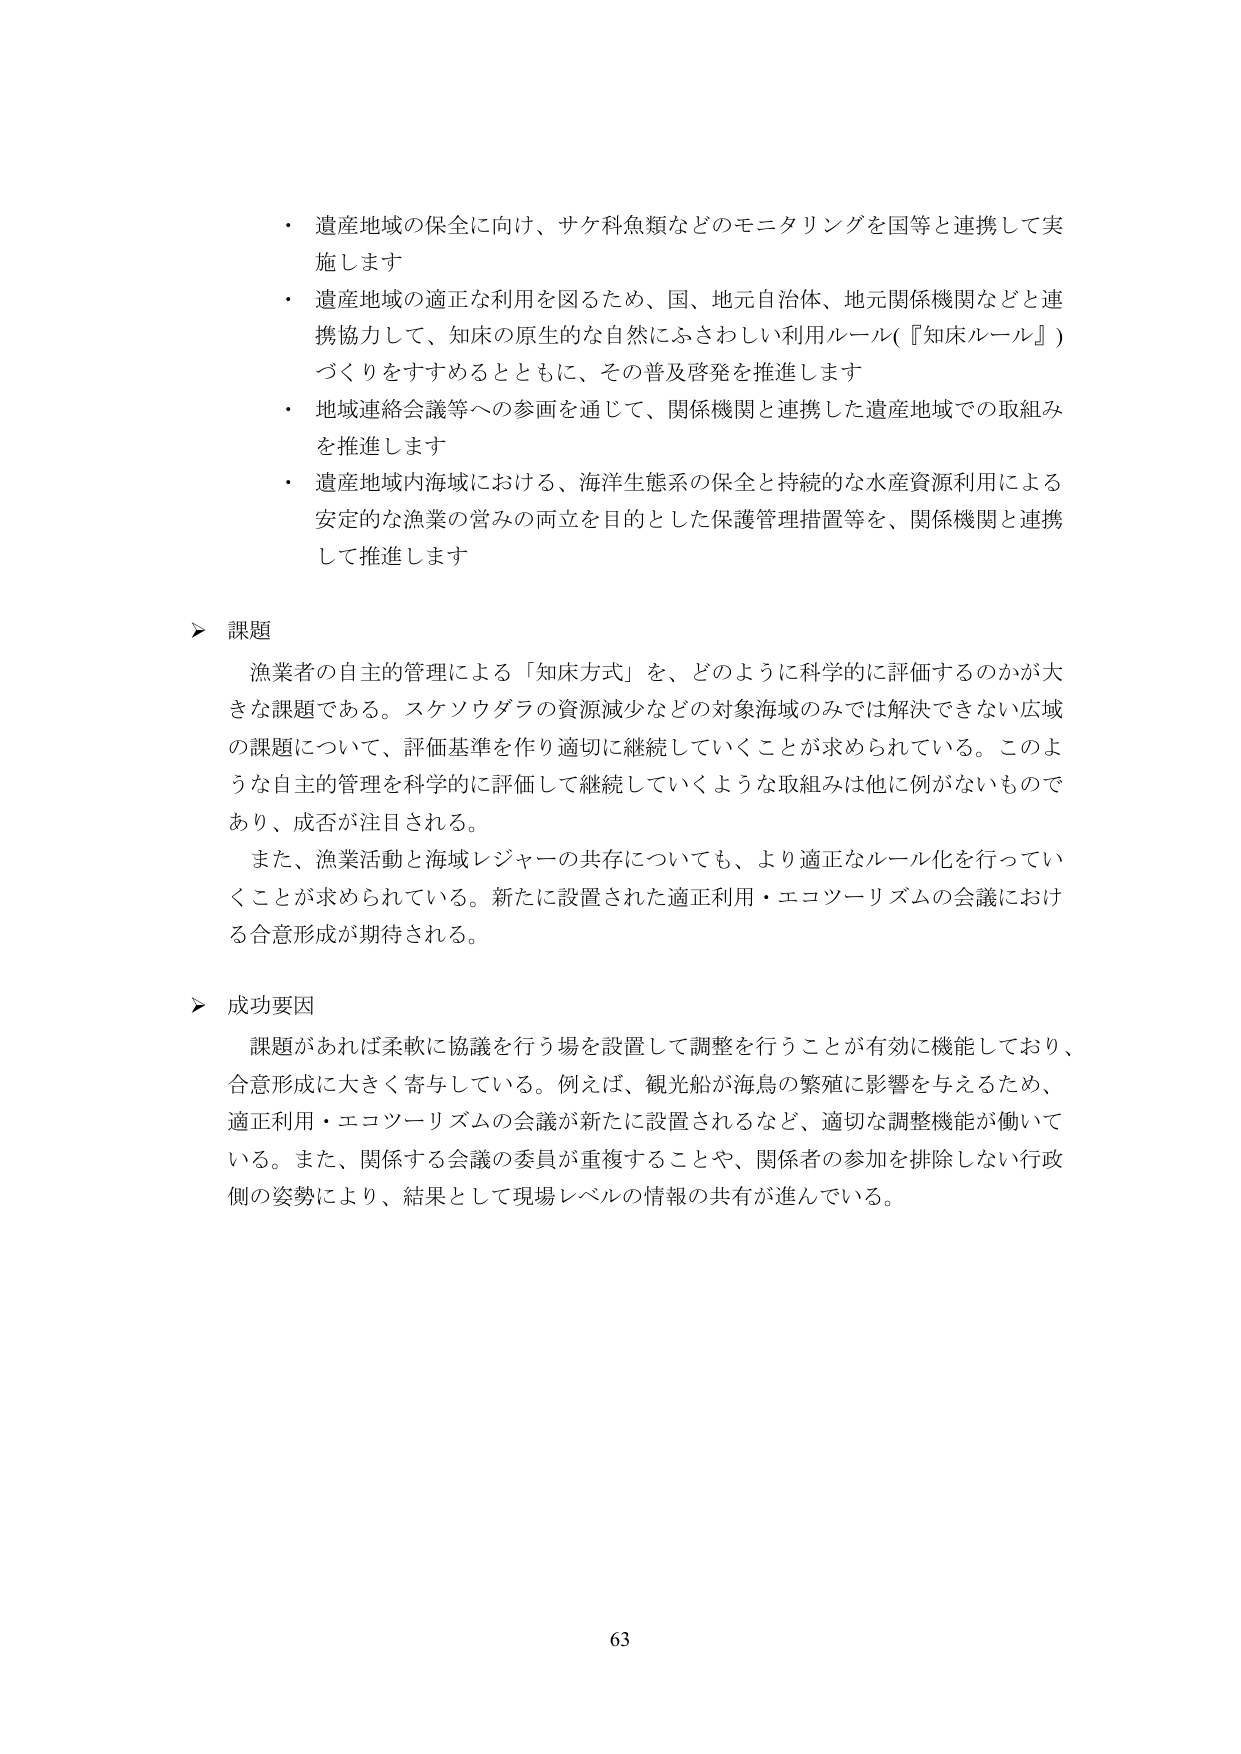
・遺産地域の保全に向け、サケ科魚類などのモニタリングを国等と連携して実施します
・遺産地域の適正な利用を図るため、国、地元自治体、地元関係機関などと連携協力して、知床の原生的な自然にふさわしい利用ルール（『知床ルール』）づくりをすすめるとともに、その普及啓発を推進します
・地域連絡会議等への参画を通じて、関係機関と連携した遺産地域での取組みを推進します
・遺産地域内海域における、海洋生態系の保全と持続的な水産資源利用による安定的な漁業の営みの両立を目的とした保護管理措置等を、関係機関と連携して推進します

▶ 課題
漁業者の自主的管理による「知床方式」を、どのように科学的に評価するのかが大きな課題である。スケソウダラの資源減少などの対象海域のみでは解決できない広域の課題について、評価基準を作り適切に継続していくことが求められている。このような自主的管理を科学的に評価して継続していくような取組みは他に例がないものであり、成否が注目される。
また、漁業活動と海域レジャーの共存についても、より適正なルール化を行っていくことが求められている。新たに設置された適正利用・エコツーリズムの会議における合意形成が期待される。

▶ 成功要因
課題があれば柔軟に協議を行う場を設置して調整を行うことが有効に機能しており、合意形成に大きく寄与している。例えば、観光船が海鳥の繁殖に影響を与えるため、適正利用・エコツーリズムの会議が新たに設置されるなど、適切な調整機能が働いている。また、関係する会議の委員が重複することや、関係者の参加を排除しない行政側の姿勢により、結果として現場レベルの情報の共有が進んでいる。

63